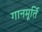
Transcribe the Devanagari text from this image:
गानमूर्ति